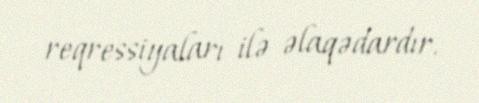
reqressiyaları ilə əlaqədardır.